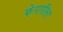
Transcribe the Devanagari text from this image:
फेरारीला